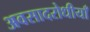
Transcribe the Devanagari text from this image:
अवसादरोधीयाँ